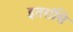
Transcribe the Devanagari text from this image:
इतरांसि